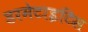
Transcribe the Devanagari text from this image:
डरमेटाइटिस